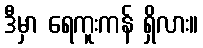
ဒီမှာ ရေကူးကန် ရှိလား။